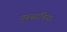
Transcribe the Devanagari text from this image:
नफसाविया